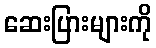
ဆေးပြားများကို